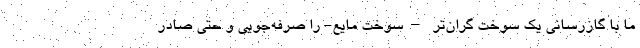
ما با گازرسانی یک سوخت گران‌تر –سوخت مایع- را صرفه‌جویی و حتی صادر